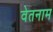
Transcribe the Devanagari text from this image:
वेतनाम